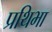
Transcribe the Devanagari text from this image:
प्रथिभा